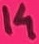
Text: 14